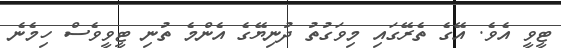
ޓީވީ އެވެ. އޭގެ ތެރޭގައި މިވަގުތު ދުނިޔޭގެ އެންމެ ތުނި ޓީވީވެސް ހިމެނެ